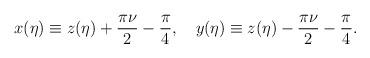
LaTeX: \begin{align*}x(\eta )\equiv z(\eta )+\frac{\pi \nu }{2}-\frac{\pi }{4}, \quad y(\eta )\equiv z(\eta )-\frac{\pi \nu }{2}-\frac{\pi }{4}.\end{align*}